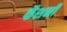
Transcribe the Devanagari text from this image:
फॅशनी